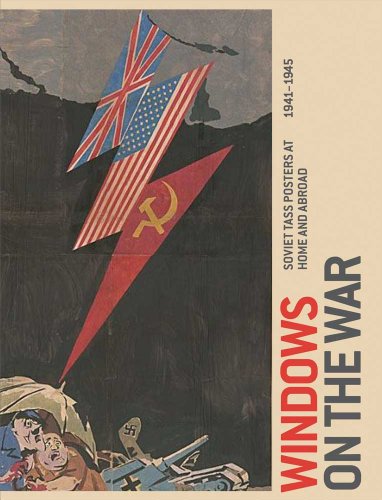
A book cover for Windows on the War: Soviet TASS Posters at Home and Abroad, 1941-1945 (Art Institute of Chicago); Peter Zegers; Crafts, Hobbies & Home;